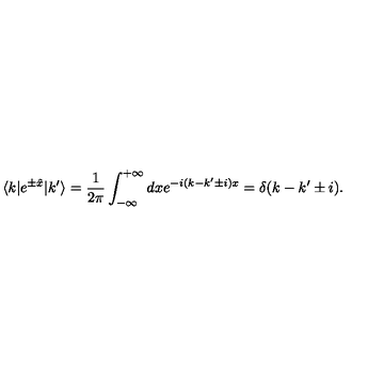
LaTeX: \langle k | e ^ { \pm \hat { x } } | k ^ { \prime } \rangle = \frac { 1 } { 2 \pi } \int _ { - \infty } ^ { + \infty } d x e ^ { - i ( k - k ^ { \prime } \pm i ) x } = \delta ( k - k ^ { \prime } \pm i ) .